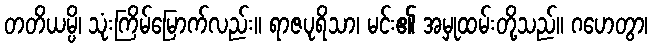
တတိယမ္ပိ၊ သုံးကြိမ်မြောက်လည်း။ ရာဇပုရိသာ၊ မင်း၏ အမှုထမ်းတို့သည်။ ဂဟေတွာ၊